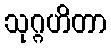
သုဂ္ဂဟိတာ